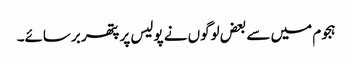
ہجوم میں سے بعض لوگوں نے پولیس پر پتھر برسائے۔